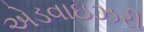
એડવાઇઝરી